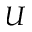
U